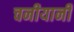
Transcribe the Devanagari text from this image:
चनीयानी